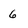
Character: 6